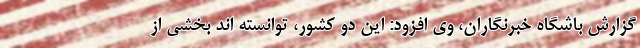
گزارش باشگاه خبرنگاران، وی افزود: این دو کشور، توانسته اند بخشی از